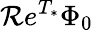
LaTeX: \mathcal{R}e^{T_{*}}\Phi_{0}